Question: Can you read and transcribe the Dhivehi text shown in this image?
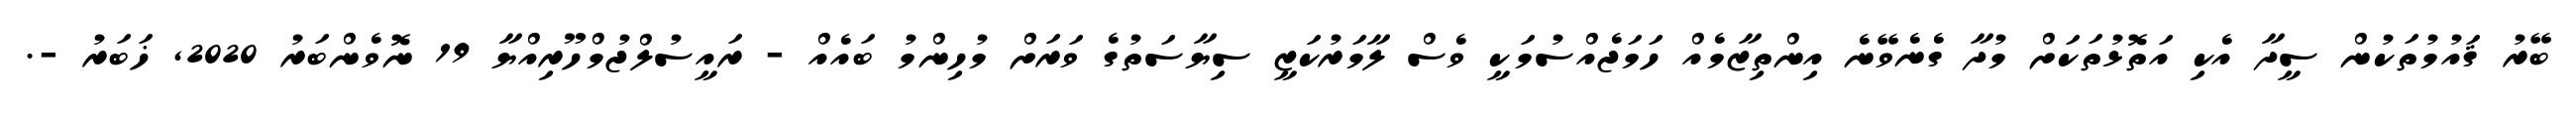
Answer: ބޭރު ޤައުމުތަކުން ސީދާ އެކި އަތޮޅުތަކަށް މުދާ ގެނެވޭނެ އިންތިޒާމެއް ހަމަޖެއްސުމަކީ ވެސް ލާމަރުކަޒީ ސިޔާސަތުގެ ވަރަށް މުހިންމު ބައެއް - ރައީސުލްޖުމްހޫރިއްޔާ 19 ނޮވެންބަރު 2020, ޚަބަރު -.